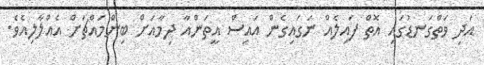
އަދި ވަތްގަނޑުގައި އޮތް ފައިލެއް ނަގައިގެން އައިސް އީތަންއާ ދިމާއަށް ބިންމައްޗަށް އެއްލާލިއެވެ.